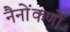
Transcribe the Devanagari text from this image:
नैनोंकणों